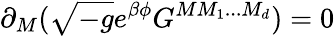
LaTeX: \partial_{M}(\sqrt{-g}e^{\beta\phi}G^{MM_{1}...M_{d}})=0